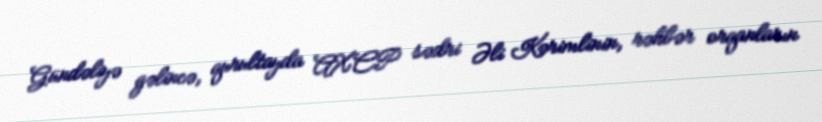
Gündəliyə gəlincə, qurultayda AXCP sədri Əli Kərimlinin, rəhbər orqanların